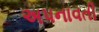
અપનાવતી